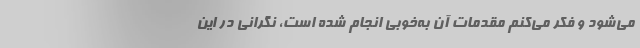
می‌شود و فکر می‌کنم مقدمات آن به‌خوبی انجام شده است، نگرانی در این